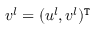
{ \boldsymbol v } ^ { l } = ( u ^ { l } , v ^ { l } ) ^ { \mathtt { T } }